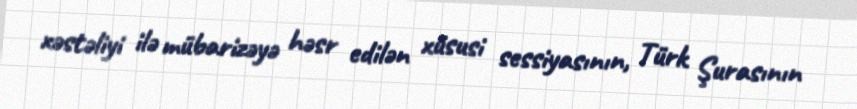
xəstəliyi ilə mübarizəyə həsr edilən xüsusi sessiyasının, Türk Şurasının